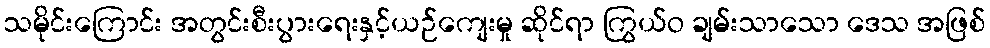
သမိုင်းကြောင်း အတွင်းစီးပွားရေးနှင့်ယဉ်ကျေးမှု ဆိုင်ရာ ကြွယ်ဝ ချမ်းသာသော ဒေသ အဖြစ်